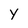
Character: Y